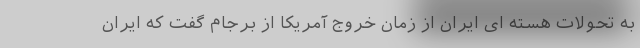
به تحولات هسته ای ایران از زمان خروج آمریکا از برجام گفت که ایران